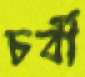
চর্বী